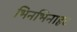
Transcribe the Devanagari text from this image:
भिनभिनाहट